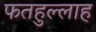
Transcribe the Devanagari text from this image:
फतहुल्लाह